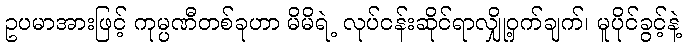
ဥပမာအားဖြင့် ကုမ္ပဏီတစ်ခုဟာ မိမိရဲ့ လုပ်ငန်းဆိုင်ရာလျှို့ဝှက်ချက်၊ မူပိုင်ခွင့်နဲ့